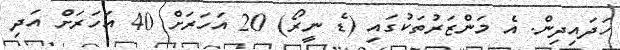
ހަދައިދިން. އެ މަންޒަރުތަކުގައި (ޑެ ނީރޯ) 20 އަހަރަށް 40 އަހަރަށް އަދި